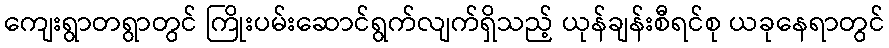
ကျေးရွာတရွာတွင် ကြိုးပမ်းဆောင်ရွက်လျက်ရှိသည့် ယုန်ချန်းစီရင်စု ယခုနေရာတွင်